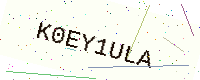
Text: K0EY1ULA